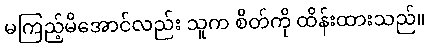
မကြည့်မိအောင်လည်း သူက စိတ်ကို ထိန်းထားသည်။